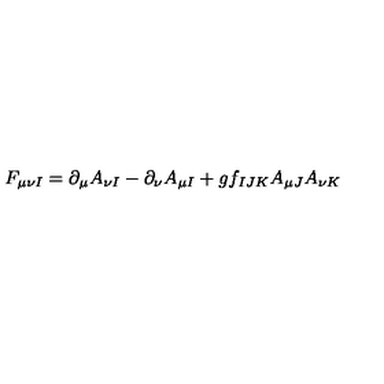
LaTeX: F _ { \mu \nu I } = \partial _ { \mu } A _ { \nu I } - \partial _ { \nu } A _ { \mu I } + g f _ { I J K } A _ { \mu J } A _ { \nu K }